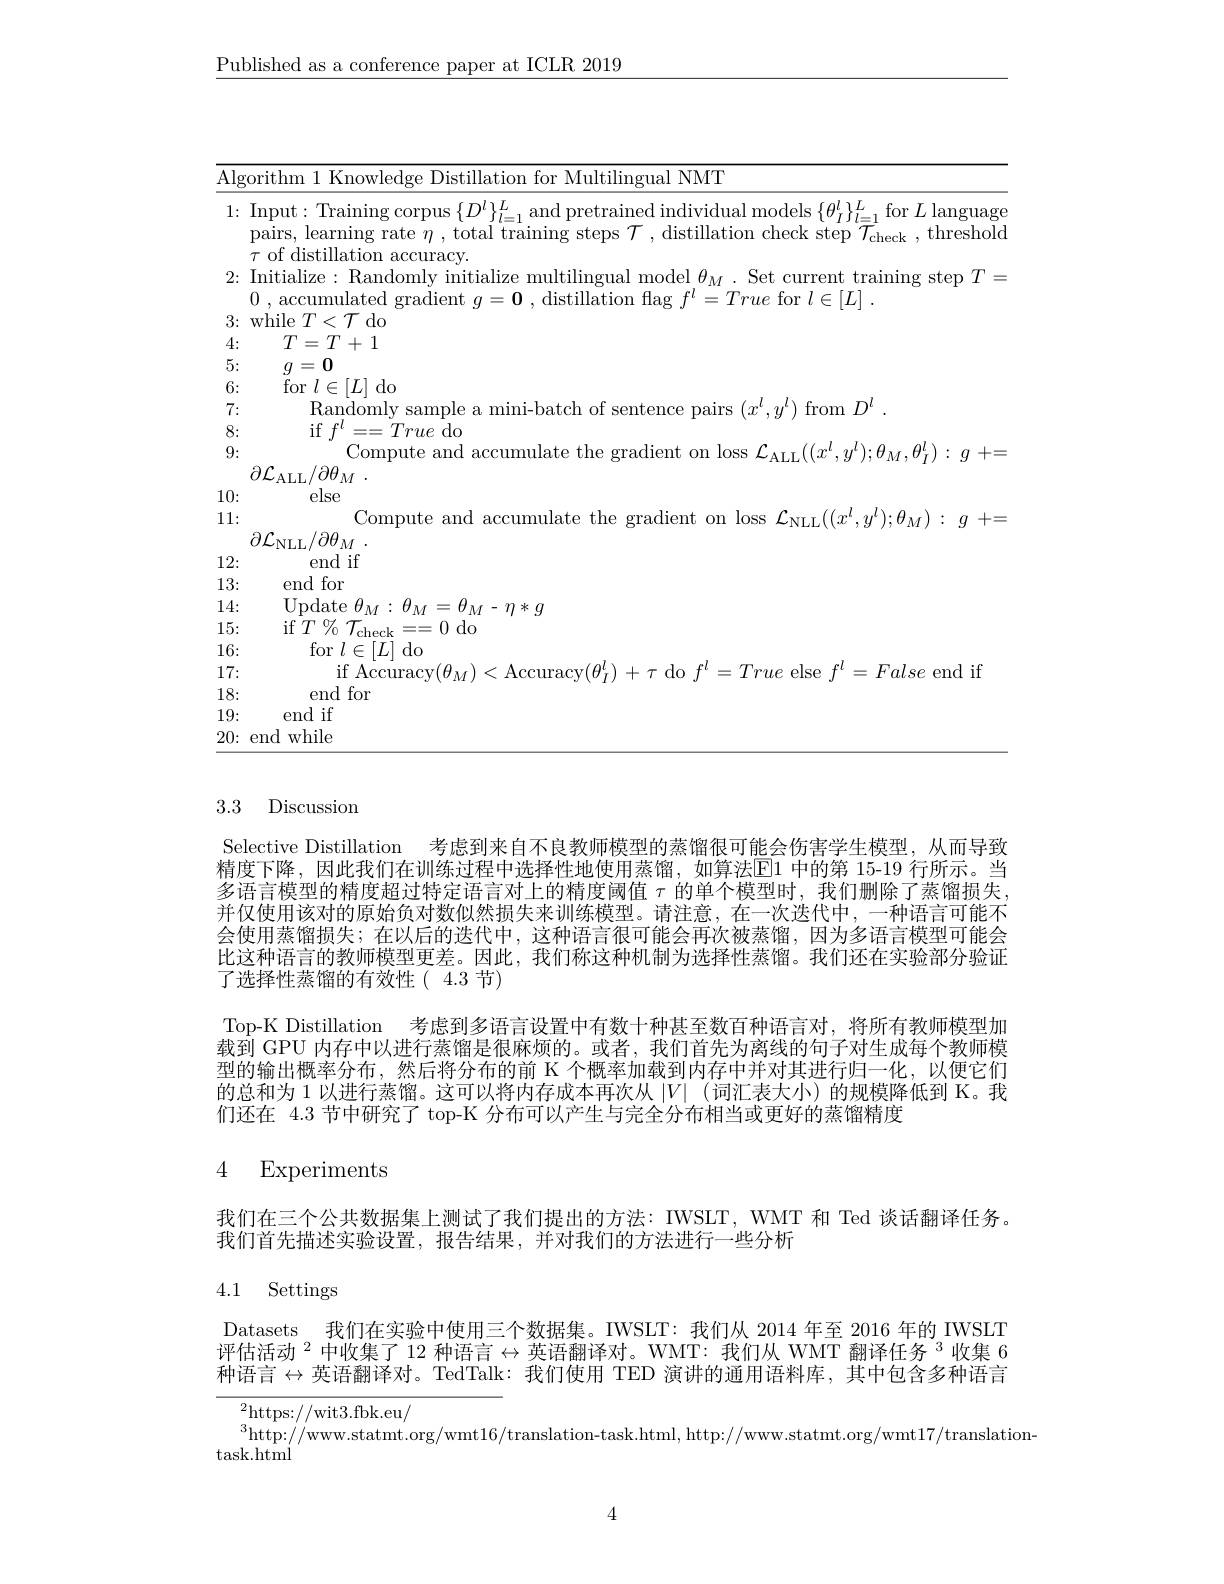
$\underline{\text{Published as a conference paper at ICLR 2019}}$

<table>
	<tbody>
		<tr>
			<td>$\overline{\mathrm{Alg}}$</td>
			<td>$\mathrm{Al}_{\xi}$ </td>
			<td>rithm 1 Knowledge Distillation for Multilingual NMT</td>
		</tr>
		<tr>
			<td>1:</td>
			<td>1:</td>
			<td>Input: Training corpus $\{ D^{l}\} _{l= 1}^{L}$and pretrained individual models $\{\theta_I^{l}\}_{l=1}^{L}$for $L$ language pairs, learning rate $\eta$, total training steps $\mathcal{T}$, distillation check step $\mathcal{T}_\mathrm{check}$, threshold accuracv</td>
		</tr>
		<tr>
			<td>2:</td>
			<td>2:</td>
			<td>[ nitialize $\operatorname{training}$ step$T$</td>
		</tr>
		<tr>
			<td>3:</td>
			<td>3: $a$ 1</td>
			<td>rhila $<T$do</td>
		</tr>
		<tr>
			<td>4:</td>
			<td>1 $\angle AC$</td>
			<td>$T=T+1$</td>
		</tr>
		<tr>
			<td>5:</td>
			<td>5: $a$ 1</td>
			<td>$g=0$</td>
		</tr>
		<tr>
			<td>6:</td>
			<td>6: $a$ 1 1 1 1</td>
			<td>$\mathop{\mathrm{for}}l\in[L]$do</td>
		</tr>
		<tr>
			<td>7. $i$</td>
			<td>7 $a$ $\bullet$</td>
			<td>$\{$andom$\}$ $\mathbf{r}_{\alpha\boldsymbol{m}}$</td>
		</tr>
		<tr>
			<td>8:</td>
			<td>8:</td>
			<td>11 77 Truedo</td>
		</tr>
		<tr>
			<td>9:</td>
			<td>9: 1 1 1</td>
			<td>mnute</td>
		</tr>
		<tr>
			<td>1 1</td>
			<td> </td>
			<td>$\partial\mathcal{L}_{\mathrm{ALL}}/\partial\theta_{M}$</td>
		</tr>
		<tr>
			<td>TIT 1 1</td>
			<td>1 1 1</td>
			<td> </td>
		</tr>
		<tr>
			<td> </td>
			<td> </td>
			<td> </td>
		</tr>
		<tr>
			<td>12:</td>
			<td>12: T 1</td>
			<td>end if</td>
		</tr>
		<tr>
			<td>13: </td>
			<td>13: </td>
			<td>end for</td>
		</tr>
		<tr>
			<td>14:</td>
			<td>1. 14: 1 1</td>
			<td>I/ndate$\theta_{M}\cdot\theta$ $-\eta*q$</td>
		</tr>
		<tr>
			<td>15: 1 1 1</td>
			<td>1.5 5 </td>
			<td> </td>
		</tr>
		<tr>
			<td>16:</td>
			<td>16: 1 1</td>
			<td>$\mathop{\mathrm{for}}l\in[L]\mathop{\mathrm{do}}$</td>
		</tr>
		<tr>
			<td>17:</td>
			<td>17: 0</td>
			<td>$Fal_{s\rho}$end if</td>
		</tr>
		<tr>
			<td>18: </td>
			<td>18: </td>
			<td>end for</td>
		</tr>
		<tr>
			<td>19: 1 11</td>
			<td>$1.C$ 9. 1</td>
			<td>end if</td>
		</tr>
		<tr>
			<td> </td>
			<td> </td>
			<td>me $\mathrm{mrhil}_{o}$</td>
		</tr>
	</tbody>
</table>

# 3.3 Discussion

Selective Distillation 考虑到来自不良教师模型的蒸馏很可能会伤害学生模型，从而导致精度下降，因此我们在训练过程中选择性地使用蒸馏，如算法$\boxed{\mathrm{E}}1$ 中的第 15-19 行所示。当多语言模型的精度超过特定语言对上的精度阈值$\tau$的单个模型时，我们删除了蒸馏损失， 并仅使用该对的原始负对数似然损失来训练模型。请注意，在一次迭代中，一种语言可能不会使用蒸馏损失；在以后的迭代中，这种语言很可能会再次被蒸馏，因为多语言模型可能会比这种语言的教师模型更差。因此，我们称这种机制为选择性蒸馏。我们还在实验部分验证了选择性蒸馏的有效性(4.3节)
Top-K Distillation 考虑到多语言设置中有数十种甚至数百种语言对，将所有教师模型加载到 GPU 内存中以进行蒸馏是很麻烦的。或者，我们首先为离线的句子对生成每个教师模型的输出概率分布，然后将分布的前 K 个概率加载到内存中并对其进行归一化，以便它们的总和为 1 以进行蒸馏。这可以将内存成本再次从$|V|$ (词汇表大小)的规模降低到 K。我们还在 4.3 节中研究了 top-K 分布可以产生与完全分布相当或更好的蒸馏精度

## 4 Experiments

我们在三个公共数据集上测试了我们提出的方法：IWSLT, WMT 和 Ted 谈话翻译任务。
我们首先描述实验设置，报告结果，并对我们的方法进行一些分析

# 4.1 Settings

Datasets 我们在实验中使用三个数据集。IWSLT: 我们从 2014 年至 2016 年的 IWSLT 评估活动$^2$中收集了 12 种语言$\leftrightarrow$英语翻译对。WMT: 我们从 WMT 翻译任务$^3$收集 6种语言$\leftrightarrow$英语翻译对。TedTalk: 我们使用 TED 演讲的通用语料库，其中包含多种语言

${{}^{2}\mathrm{https://wit3.fbk.eu/}}$
$^{3}$http://www.statmt.org/wmt16/translation-task.html, http://www.statmt.org/wmt17/translation-
task. html

4